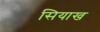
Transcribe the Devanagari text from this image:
सियाख